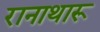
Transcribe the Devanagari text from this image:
रानाथारू